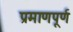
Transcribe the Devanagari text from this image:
प्रमाणपूर्ण